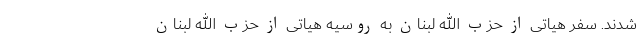
شدند. سفر هیاتی از حزب الله لبنان به روسیه هیاتی از حزب الله لبنان